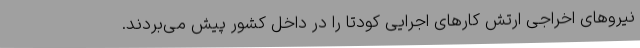
نیروهای اخراجی ارتش کارهای اجرایی کودتا را در داخل کشور پیش می‌بردند.